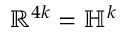
\mathbb { R } ^ { 4 k } = \mathbb { H } ^ { k }